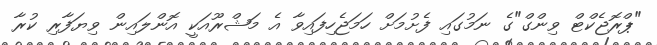
"ޕްރޮޖެކްޓް ވިންގް"ގެ ނަމުގައި ފެށުމަށް ހަމަޖެހިފައިވާ އެ މަޝްރޫއަކީ އޮންލައިން ވިޔަފާރި ކުރާ